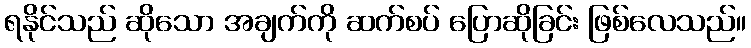
ရနိုင်သည် ဆိုသော အချက်ကို ဆက်စပ် ပြောဆိုခြင်း ဖြစ်လေသည်။